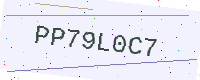
Text: PP79L0C7